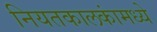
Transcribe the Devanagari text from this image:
नियतकालकांमध्ये